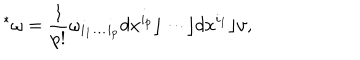
{ } ^ { * } \omega = { \frac { 1 } { p ! } } \omega _ { i _ { 1 } \ldots i _ { p } } d x ^ { i _ { p } } \rfloor \cdots \rfloor d x ^ { i _ { 1 } } \rfloor \upsilon ,